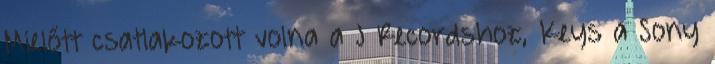
Mielőtt csatlakozott volna a J Recordshoz, Keys a Sony